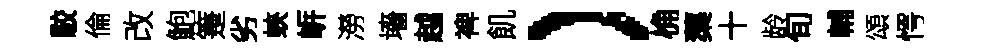
駮倫改鮑箑劣蛺㟁澇墻越禆飢）桷蕖十龄旬輔頌愕